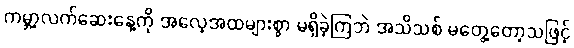
ကမ္ဘာ့လက်ဆေးနေ့ကို အလေ့အထများစွာ မရှိခဲ့ကြဘဲ အသိသစ် မတွေ့တော့သဖြင့်